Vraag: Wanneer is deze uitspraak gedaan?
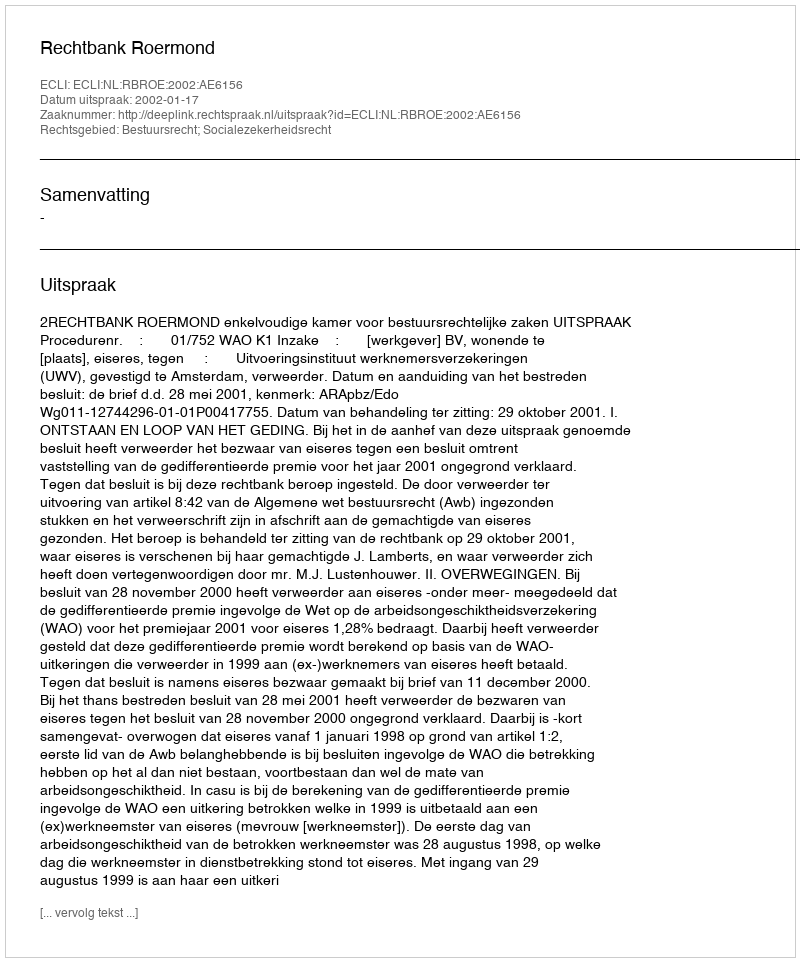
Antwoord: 2002-01-17